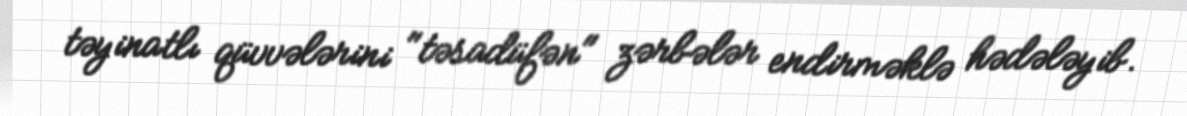
təyinatlı qüvvələrini "təsadüfən" zərbələr endirməklə hədələyib.